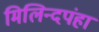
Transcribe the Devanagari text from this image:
मिलिन्दपंहां